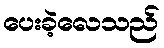
ပေးခဲ့လေသည်